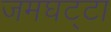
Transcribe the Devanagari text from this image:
जमघट्टा